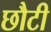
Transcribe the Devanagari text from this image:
छौटी